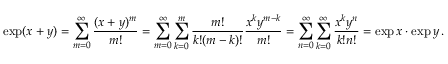
\exp ( x + y ) = \sum _ { m = 0 } ^ { \infty } { \frac { ( x + y ) ^ { m } } { m ! } } = \sum _ { m = 0 } ^ { \infty } \sum _ { k = 0 } ^ { m } { \frac { m ! } { k ! ( m - k ) ! } } { \frac { x ^ { k } y ^ { m - k } } { m ! } } = \sum _ { n = 0 } ^ { \infty } \sum _ { k = 0 } ^ { \infty } { \frac { x ^ { k } y ^ { n } } { k ! n ! } } = \exp x \cdot \exp y \, .